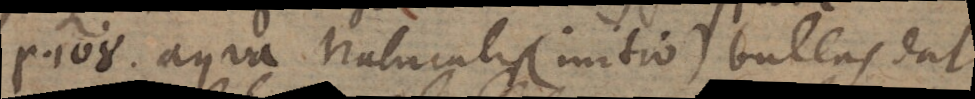
P. 108. Aqua naturalis (initio) bullas dat